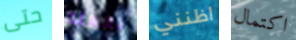
حتى نعمله اظنني اكتمال